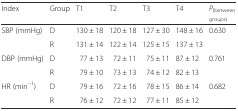
<table><thead><tr><td><b>Index</b></td><td><b>Group</b></td><td><b>T1</b></td><td><b>T2</b></td><td><b>T3</b></td><td><b>T4</b></td><td><b><i>P</i><sub>(between groups)</sub></b></td></tr></thead><tbody><tr><td rowspan="2">SBP (mmHg)</td><td>D</td><td>130 ± 18</td><td>120 ± 18</td><td>127 ± 30</td><td>148 ± 16</td><td>0.630</td></tr><tr><td>R</td><td>131 ± 14</td><td>122 ± 14</td><td>125 ± 15</td><td>137 ± 13</td><td></td></tr><tr><td rowspan="2">DBP (mmHg)</td><td>D</td><td>77 ± 13</td><td>72 ± 11</td><td>75 ± 11</td><td>87 ± 12</td><td>0.761</td></tr><tr><td>R</td><td>79 ± 10</td><td>73 ± 13</td><td>74 ± 12</td><td>82 ± 13</td><td></td></tr><tr><td rowspan="2">HR (min<sup>−1</sup>)</td><td>D</td><td>79 ± 16</td><td>72 ± 16</td><td>78 ± 15</td><td>86 ± 14</td><td>0.682</td></tr><tr><td>R</td><td>76 ± 12</td><td>72 ± 12</td><td>77 ± 11</td><td>85 ± 12</td><td></td></tr></tbody></table>